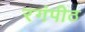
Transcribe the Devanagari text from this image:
रगंपीठ